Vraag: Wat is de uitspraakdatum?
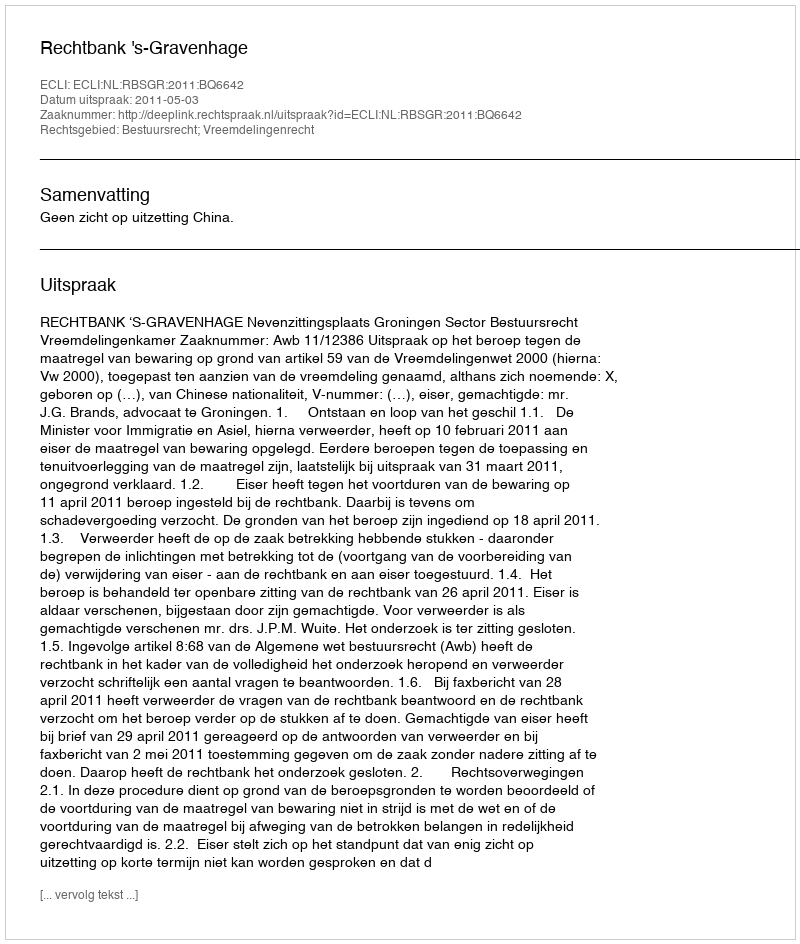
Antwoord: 2011-05-03